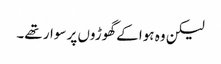
لیکن وہ ہوا کے گھوڑوں پر سوار تھے۔